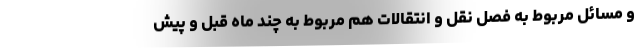
و مسائل مربوط به فصل نقل و انتقالات هم مربوط به چند ماه قبل و پیش